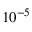
1 0 ^ { - 5 }